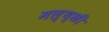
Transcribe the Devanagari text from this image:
मल्य्ळी